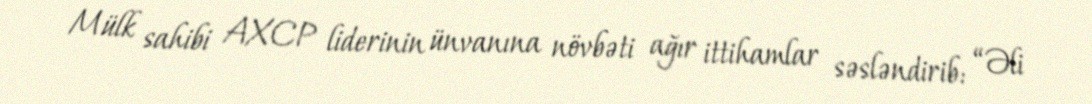
Mülk sahibi AXCP liderinin ünvanına növbəti ağır ittihamlar səsləndirib: “Əli